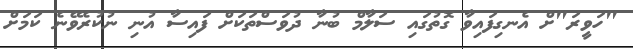
"ހަވީރަ"ށް އެނގިފައިވާ ގޮތުގައި ސަލާމް ބުނާ ދުވަސްތަކަށް ފައިސާ އުނި ނުކުރެވޭނެ ކަމަށް